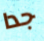
جدا